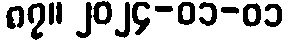
၈၇။ ၂၀၂၄-၀၁-၀၁